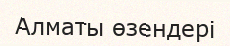
Алматы өзендері